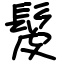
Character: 髲